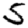
Digit: 5